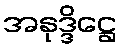
အနုဒ္ဒိဋ္ဌေ